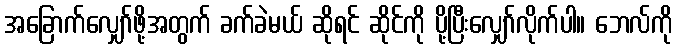
အခြောက်လျှော်ဖို့အတွက် ခက်ခဲမယ် ဆိုရင် ဆိုင်ကို ပို့ပြီးလျှော်လိုက်ပါ။ ဘေလ်ကို